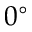
0 ^ { \circ }